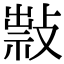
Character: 𢿆